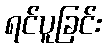
ရင်ပူခြင်း